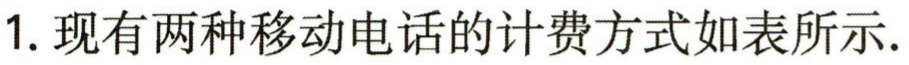
1. 现有两种移动电话的计费方式如表所示.